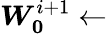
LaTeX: \boldsymbol{W_{0}}^{i+1}\leftarrow